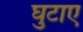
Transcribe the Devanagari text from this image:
घुटाए